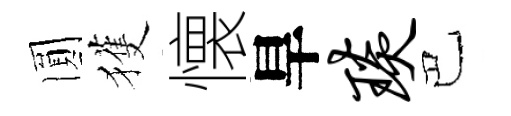
圎獲懐旱琰巴